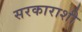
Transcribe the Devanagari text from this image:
सरकाराशी